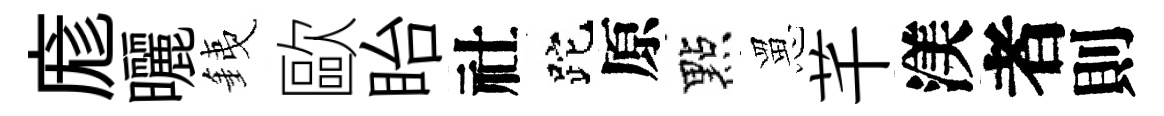
庬曬銕歐眙社跎原點罳芊渼者則